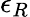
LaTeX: \epsilon_{R}